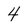
Character: 4